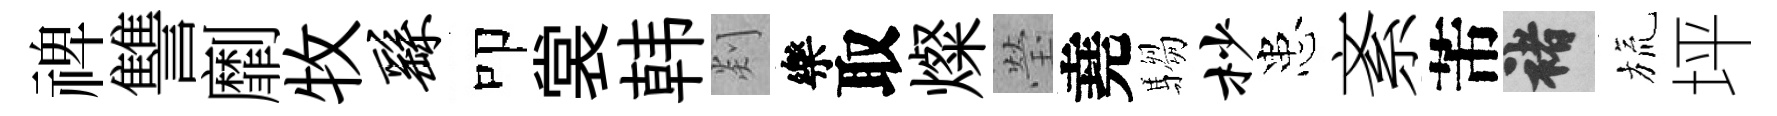
禆讐劘牧繇叩裳韩剡樂取燦瑩堯騶杪患紊芾褚旒坪